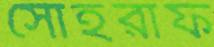
সোহরাফ